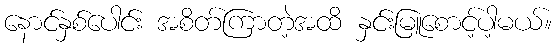
နောင်နှစ်ပေါင်း အစိတ်ကြာတဲ့အထိ နှင်းမြူစောင့်ပါ့မယ်။